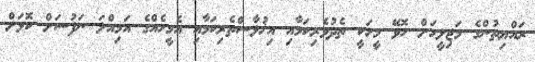
ރައްޔިތުންގެ މަޖިލީހަށް ހޮވޭ މީހަކީ ތެދުވެރިކަމާއި އިޚުލާސްތެރިކަމާއި އެމީހެއްގެ އަމިއްލަ ނަފުސަށް ކޮޅަށް